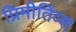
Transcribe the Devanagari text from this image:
प्रिमीतिव्स